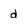
Character: d